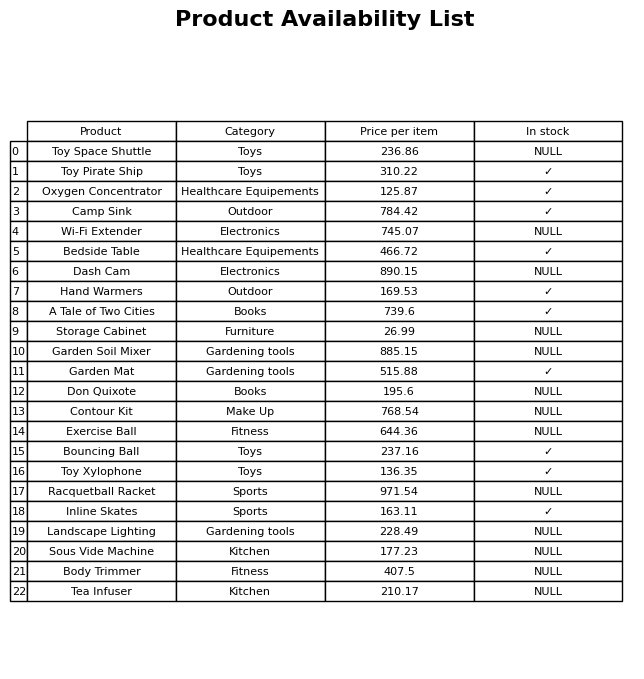
question: What is the price of the Bedside Table?
answer: The price of Bedside Table is 466.72.